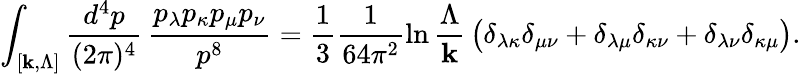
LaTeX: \int_{[\mathbf{k},\Lambda]}\frac{{d^{4}p}}{{(2\pi)^{4}}}\, \frac{{p_{\lambda}p_{\kappa}p_{\mu}p_{\nu}}}{{p^{8}}}=\frac{{1}}{{3}}\frac{{1}}{{64\pi^{2}}}\ln\frac{{\Lambda}}{{\mathbf{k}}}\, \bigl(\delta_{\lambda\kappa}\delta_{\mu\nu}+\delta_{\lambda\mu}\delta_{\kappa\nu}+\delta_{\lambda\nu}\delta_{\kappa\mu}\bigr).